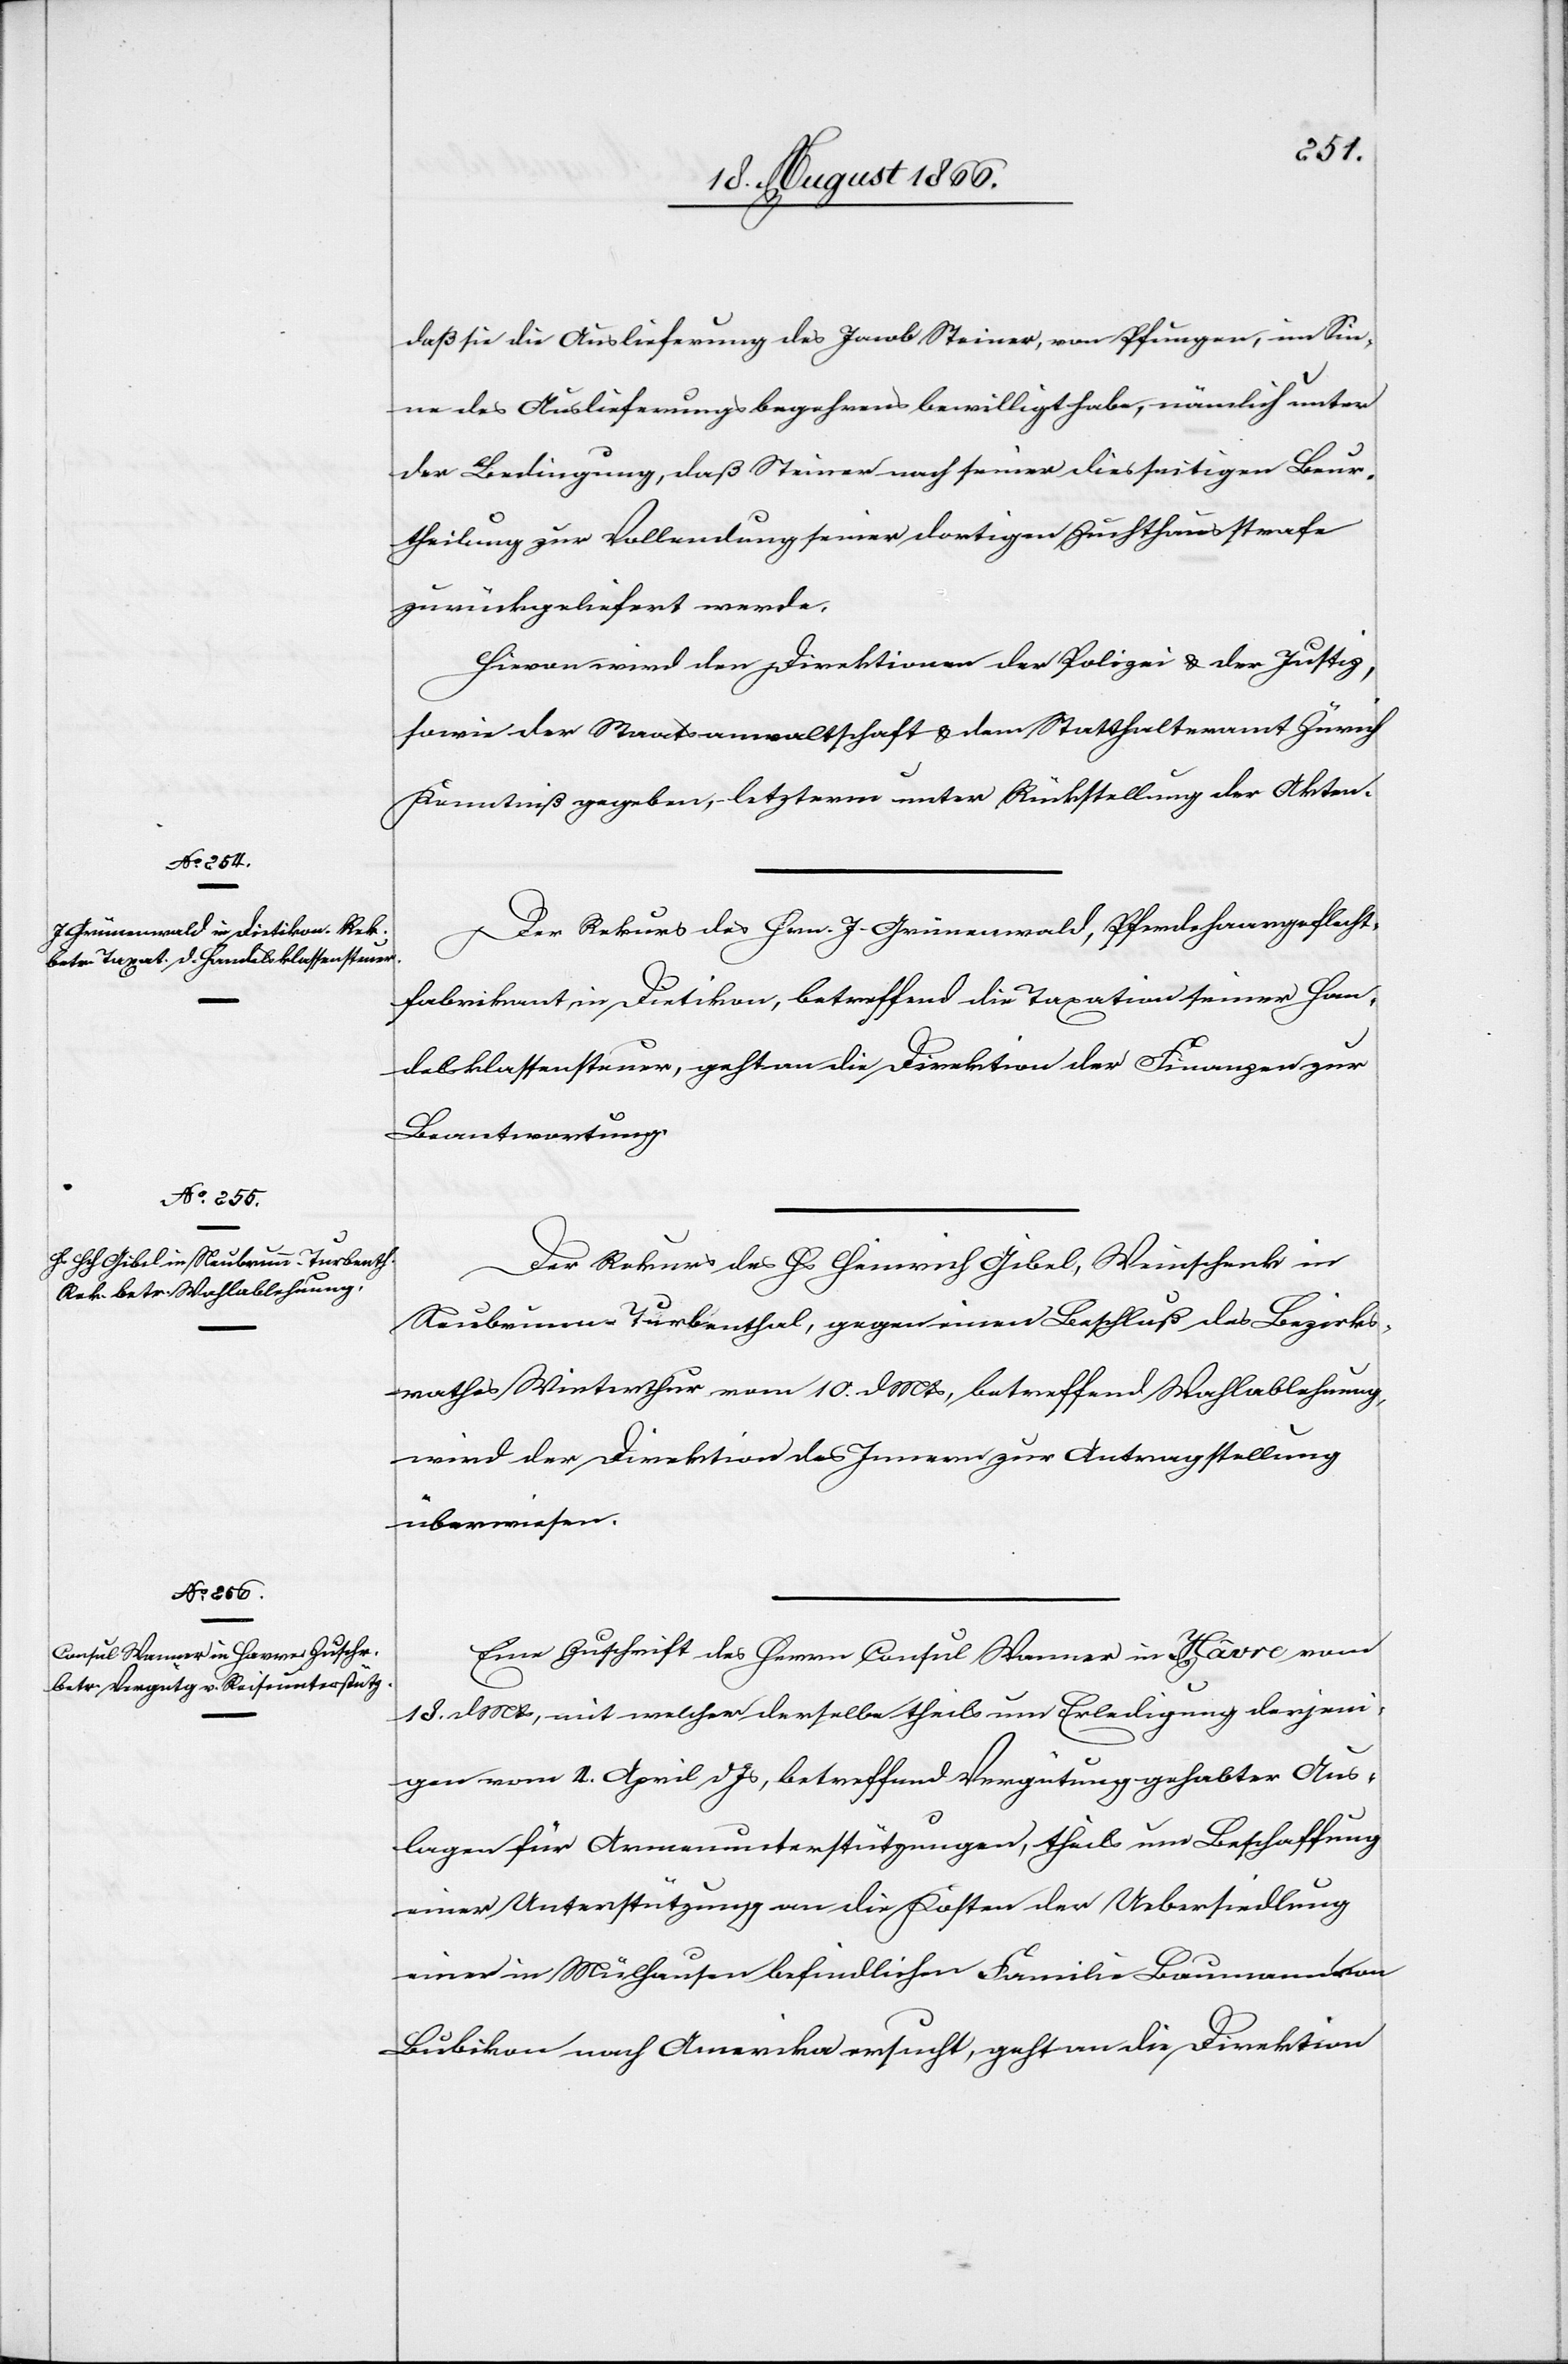
21. August 1866.]
daß sie die Auslieferung des Jacob Steiner, von Pfungen, im Sin¬
ne des Auslieferungsbegehrens bewilligt habe, nämlich unter
der Bedingung, daß Steiner nach diesseitiger Beu¬
rtheilung zur Vollendung seiner dortigen Zuchthausstrafe
zurückgeliefert werde.
Hievon wird der Direktion der Polizei u. der Justiz,
sowie der Staatsanwaltschaft u. dem Statthalteramt Zürich
Kenntniß gegeben, letzterem unter Rückstellung der Akten.
Der Rekurs des Hrn. J. Grünenwald, Pferdehaargeflecht¬
fabrikanten in Dietikon, betreffend die Taxation seiner Han¬
delsklassensteuer, geht an die Direktion der Finanzen zur
Beantwortung.
Der Rekurs des Hs Heinrich Gibel, Weinschenk in
Neubrunn Turbenthal, gegen einen Beschluß des Bezirks¬
rathes Winterthur vom 10. dMts, betreffend Wahlablehnung,
wird der Direktion des Innern zur Antragstellung
überwiesen.
Eine Zuschrift des Herrn Consul Wanner in Hâvre vom
18. dMts, mit welcher derselbe theils um Erledigung derjeni¬
gen vom 4. April dJs, betreffend Vergütung gehabter Aus¬
lagen für Armenunterstützungen, theils um Beschaffung
einer Unterstützung an die Kosten der Uebersiedlung
einer in Mühlhausen befindlichen Familie Baumann von
Bubikon nach Amerika ersucht, geht an die Direktion